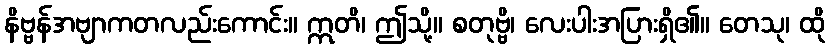
နိဗ္ဗန်အဗျာကတလည်းကောင်း။ ဣတိ၊ ဤသို့။ စတုဗ္ဗိ၊ လေးပါးအပြားရှိ၏။ တေသု၊ ထို